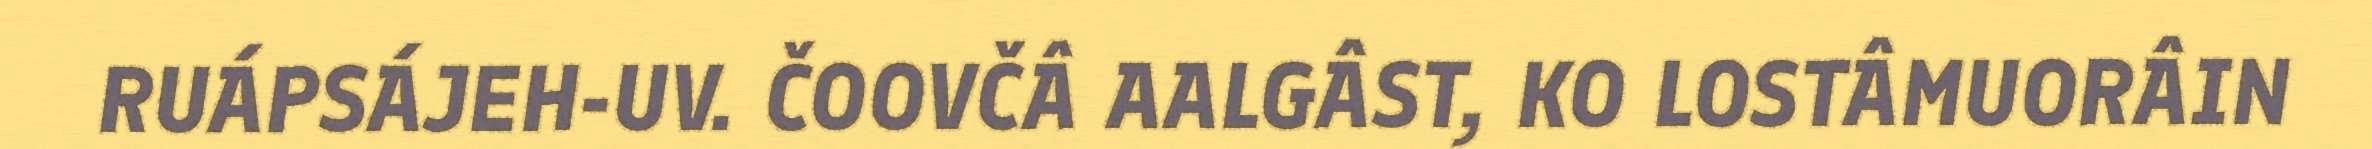
RUÁPSÁJEH-UV. ČOOVČÂ AALGÂST, KO LOSTÂMUORÂIN